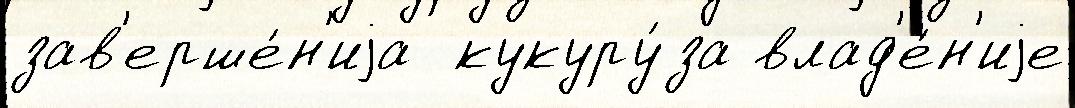
зав'ерше́н'иjа  кукуру́за влад'е́н'иjе